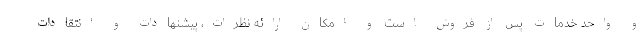
و واحد خدمات پس از فروش است و امکان ارائه نظرات، پیشنهادات و انتقادات